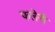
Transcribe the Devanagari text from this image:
फलेनी